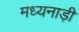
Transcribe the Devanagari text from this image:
मध्यनाड़ी